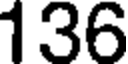
136